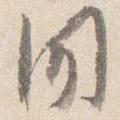
用